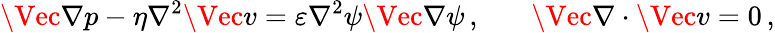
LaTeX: \Vec{\nabla}p-\eta\nabla^{2}\Vec{v}=\varepsilon\nabla^{2}\psi\Vec{\nabla}\psi\, ,\ \ \ \ \ \ \ \Vec{\nabla}\cdot\Vec{v}=0\, ,